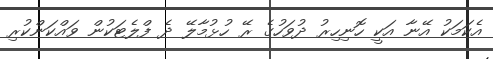
އެކަމަކު އޭނާ އަކީ ހޮނިހިރު ދުވަހުގެ ރޭ ހުޅުމާލޭ ދެ ފްލެޓަކުން ވައްކަންކުރި